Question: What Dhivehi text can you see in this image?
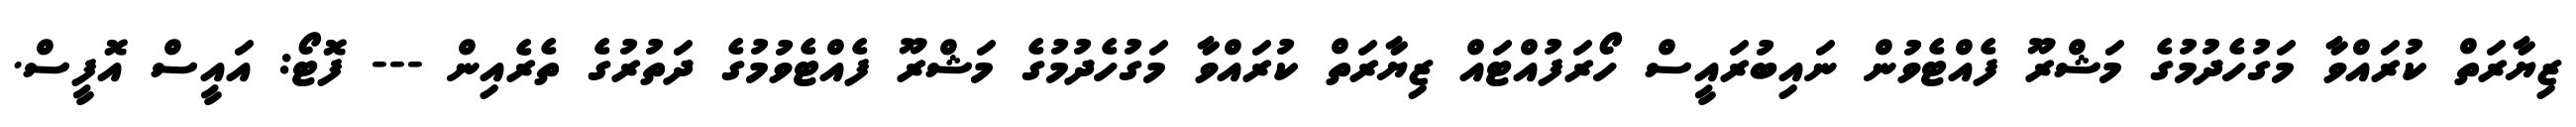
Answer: ޒިޔާރަތް ކުރައްވާ މަގުހެދުމުގެ މަޝްރޫ ފެއްޓެވުން ނައިބުރައީސް ހޯރަފުއްޓައް ޒިޔާރަތް ކުރައްވާ މަގުހެދުމުގެ މަޝްރޫ ފެއްޓެވުމުގެ ދަތުރުގެ ތެރެއިން --- ފޮޓޯ: އައީސް އޮފީސް.